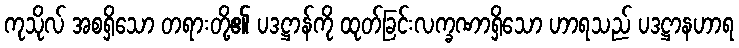
ကုသိုလ် အစရှိသော တရားတို့၏ ပဒဋ္ဌာန်ကို ထုတ်ခြင်းလက္ခဏာရှိသော ဟာရသည် ပဒဋ္ဌာနဟာရ